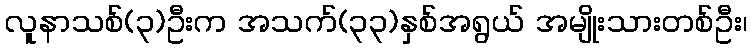
လူနာသစ်(၃)ဦးက အသက်(၃၃)နှစ်အရွယ် အမျိုးသားတစ်ဦး၊